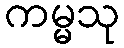
ကမ္မသု